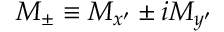
M _ { \pm } \equiv M _ { x ^ { \prime } } \pm i M _ { y ^ { \prime } }